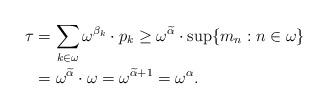
LaTeX: \begin{align*}\tau & = \sum_{k\in\omega}\omega^{\beta_k}\cdot p_k \ge \omega^{\widetilde{\alpha}} \cdot \sup \{m_n : n\in \omega \} \\ & = \omega^{\widetilde{\alpha}} \cdot \omega = \omega^{\widetilde{\alpha}+1} = \omega^\alpha.\end{align*}